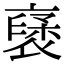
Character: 𮖥